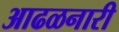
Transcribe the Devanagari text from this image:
आढळनारी